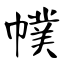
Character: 幞